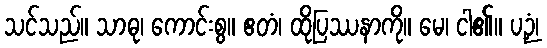
သင်သည်။ သာဓု၊ ကောင်းစွ။ ဧတံ၊ ထိုပြဿနာကို။ မေ၊ ငါ၏။ ပဉှံ၊